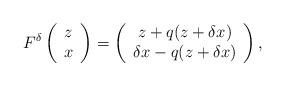
LaTeX: \begin{align*}F^\delta \left( \begin{array}{c} z \\ x \end{array}\right) = \left( \begin{array}{c} z + q(z+ \delta x) \\ \delta x - q(z+ \delta x)\end{array}\right),\end{align*}